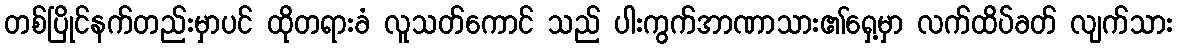
တစ်ပြိုင်နက်တည်းမှာပင် ထိုတရားခံ လူသတ်ကောင် သည် ပါးကွက်အာဏာသား၏ရှေ့မှာ လက်ထိပ်ခတ် လျက်သား